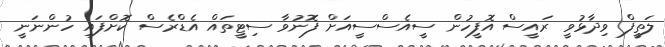
ލަތީފް ވިދާޅުވީ ރައީސް އޮފީހުން ސީއެސްސީއަށް ފޮނުވާ ސިޓީތައް އެޑްރެސް ކޮށްފައި ހުންނަނީ